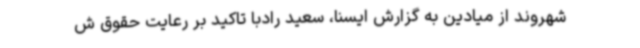
شهروند از میادین به گزارش ایسنا، سعید رادبا تاکید بر رعایت حقوق ش